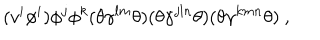
LaTeX: ( v ^ { i } \phi ^ { i } ) \phi ^ { j } \phi ^ { k } ( \theta \gamma ^ { l m } \theta ) ( \theta \gamma ^ { j l n } \theta ) ( \theta \gamma ^ { k m n } \theta ) ~ ,